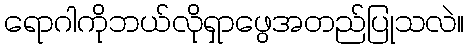
ရောဂါကိုဘယ်လိုရှာဖွေအတည်ပြုသလဲ။